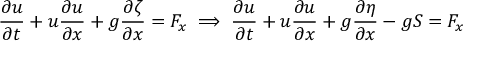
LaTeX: { \frac { \partial u } { \partial t } } + u { \frac { \partial u } { \partial x } } + g { \frac { \partial \zeta } { \partial x } } = F _ { x } \implies { \frac { \partial u } { \partial t } } + u { \frac { \partial u } { \partial x } } + g { \frac { \partial \eta } { \partial x } } - g S = F _ { x }